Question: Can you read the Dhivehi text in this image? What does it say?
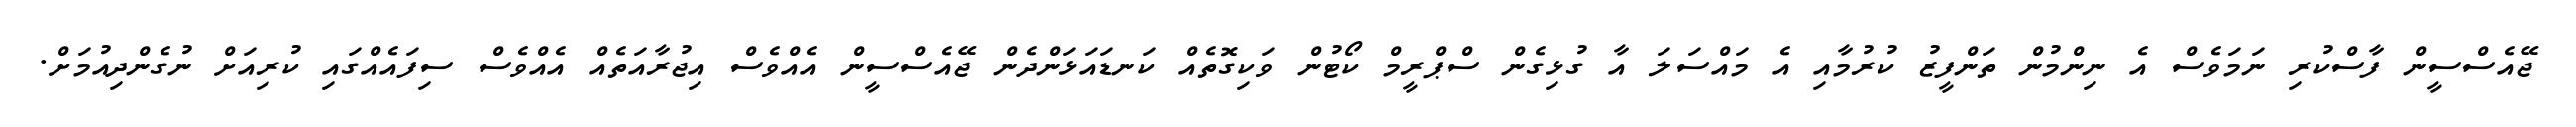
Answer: ޖޭއެސްސީން ފާސްކުރި ނަމަވެސް އެ ނިންމުން ތަންފީޒު ކުރުމާއި އެ މައްސަލަ އާ ގުޅިގެން ސްޕްރީމް ކޯޓުން ވަކިގޮތެއް ކަނޑައަޅަންދެން ޖޭއެސްސީން އެއްވެސް އިޖުރާއަތެއް އެއްވެސް ސިފައެއްގައި ކުރިއަށް ނުގެންދިއުމަށް.